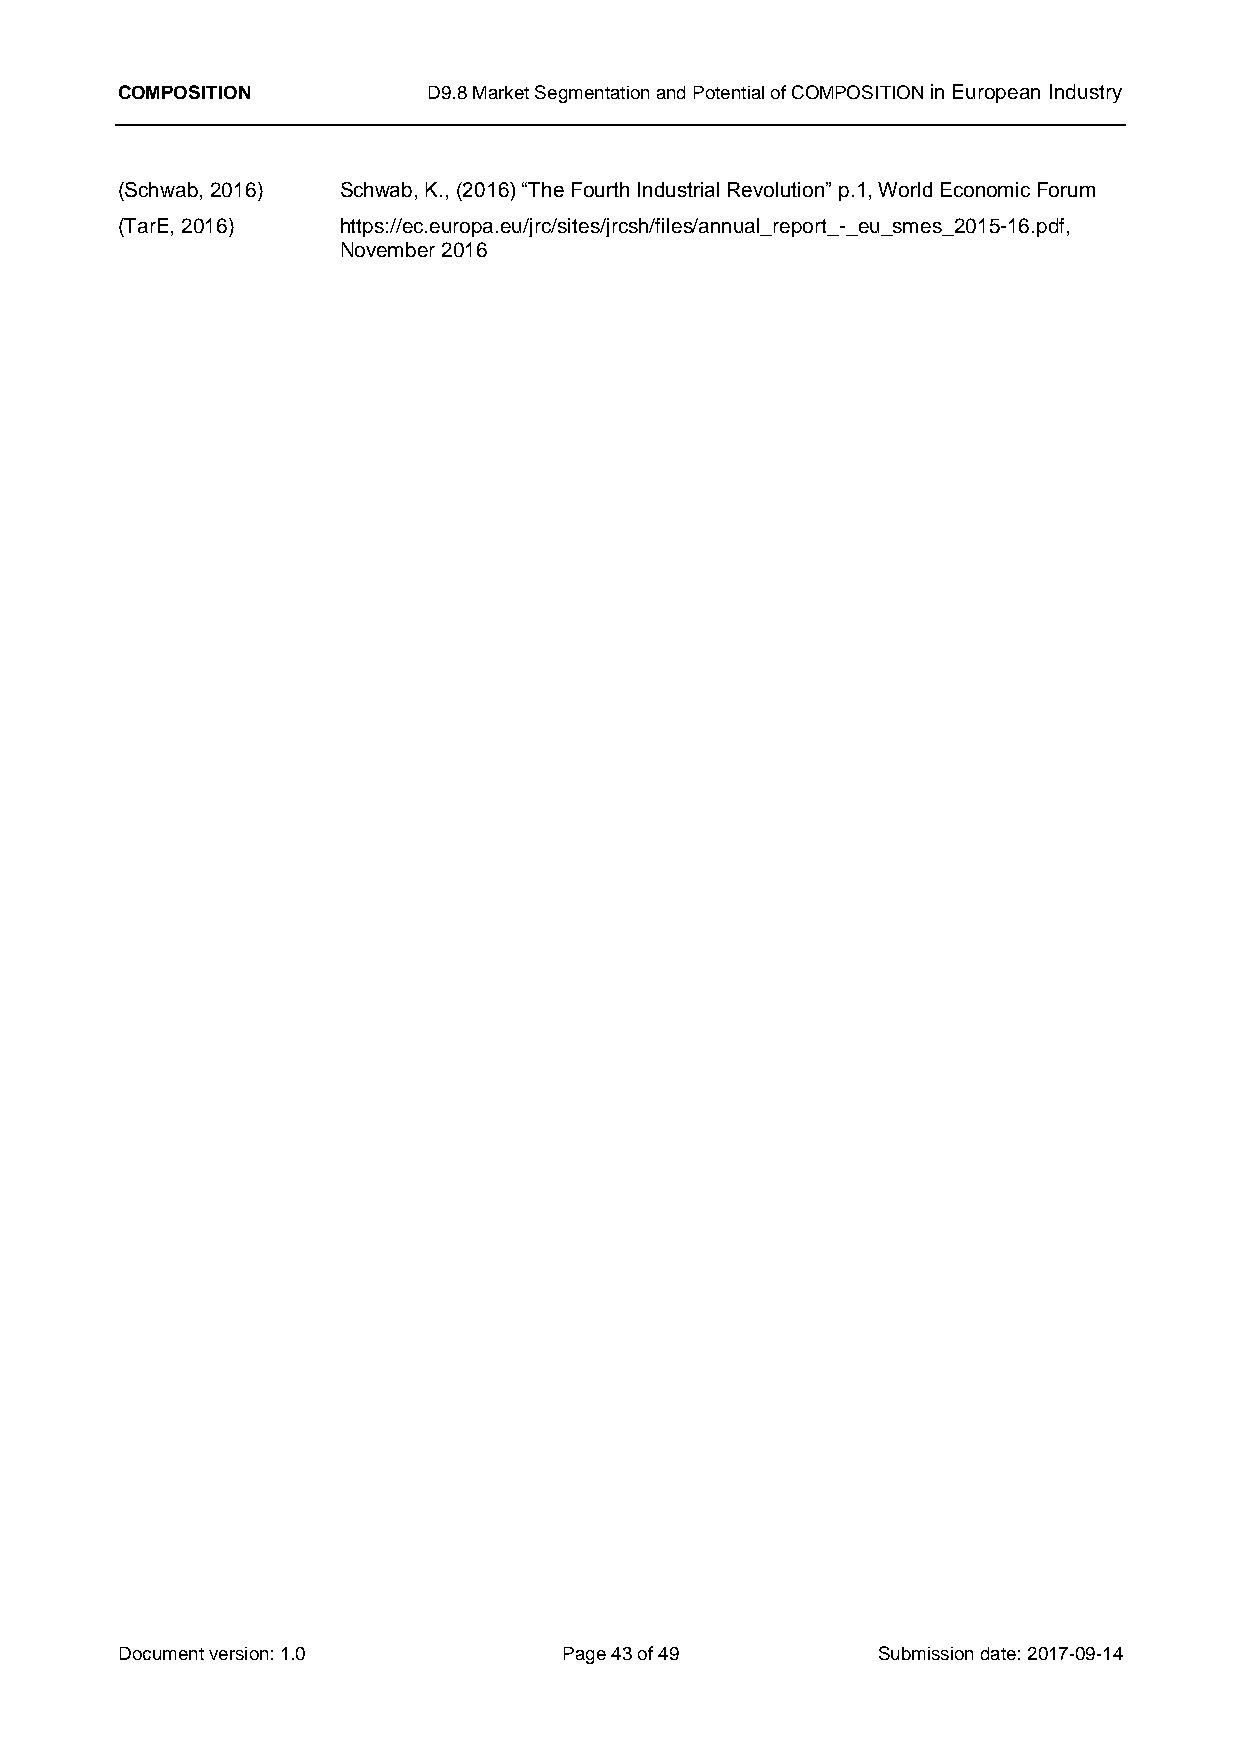
COMPOSITION         D9.8 Market Segmentation and Potential of COMPOSITION in European Industry
 (Schwab, 2016) Schwab, K., (2016) “The Fourth Industrial Revolution” p.1, World Economic Forum
 (TarE, 2016)  https://ec.europa.eu/jrc/sites/jrcsh/files/annual_report_-_eu_smes_2015-16.pdf,
 November 2016
 Document version: 1.0        Page 43 of 49        Submission date: 2017-09-14